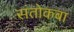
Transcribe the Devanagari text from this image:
संतोकबा